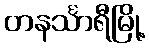
တနင်္သာရီမြို့